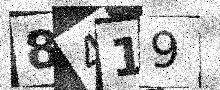
Text: 8419